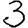
Digit: 3